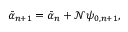
\Bar { \alpha } _ { n + 1 } = \Bar { \alpha } _ { n } + \mathcal { N } \psi _ { 0 , n + 1 } ,